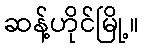
ဆန့်ဟိုင်မြို့။